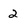
Character: 2